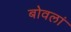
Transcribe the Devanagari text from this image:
बोवलां